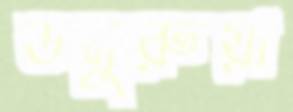
ডমুরুয়া